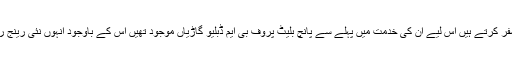
مودی جی خوب سفر کرتے ہیں اس لیے ان کی خدمت میں پہلے سے پانچ بلیٹ پروف بی ایم ڈبلیو گاڑیاں موجود تھیں اس کے باوجود انہوں نئی رینج روور منگوالی ہے۔